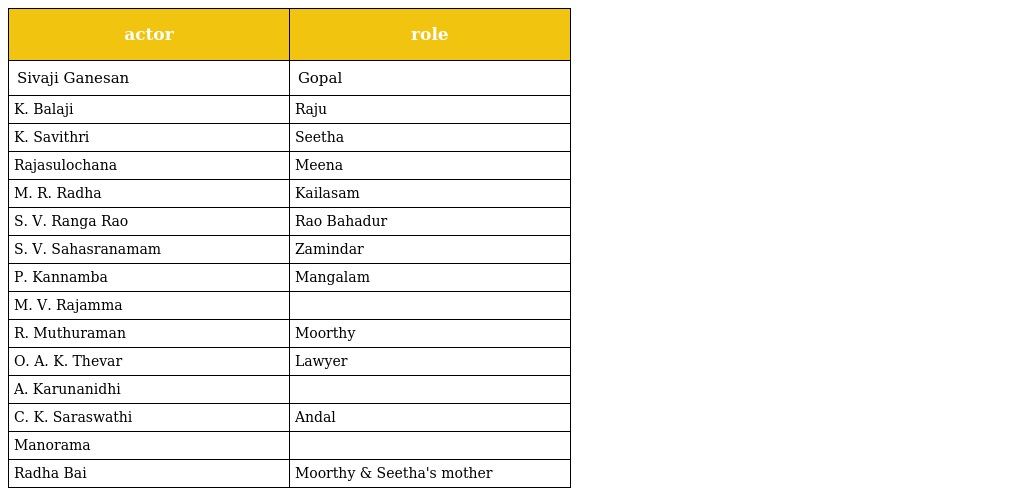
| actor | role |
 | --- | --- |
 | Sivaji Ganesan | Gopal |
 | K. Balaji | Raju |
 | K. Savithri | Seetha |
 | Rajasulochana | Meena |
 | M. R. Radha | Kailasam |
 | S. V. Ranga Rao | Rao Bahadur |
 | S. V. Sahasranamam | Zamindar |
 | P. Kannamba | Mangalam |
 | M. V. Rajamma |  |
 | R. Muthuraman | Moorthy |
 | O. A. K. Thevar | Lawyer |
 | A. Karunanidhi |  |
 | C. K. Saraswathi | Andal |
 | Manorama |  |
 | Radha Bai | Moorthy & Seetha's mother |